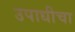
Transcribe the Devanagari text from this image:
उपाधीचा